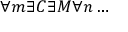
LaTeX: \forall m \exists C \exists M \forall n \dots